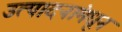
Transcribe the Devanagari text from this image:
उत्पादनांमधून